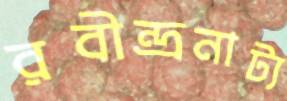
রবীন্দ্রনাট্য